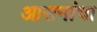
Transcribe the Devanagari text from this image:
आसनांचा